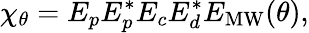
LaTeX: \chi_{\theta}=E_{p}E_{p}^{*}E_{c}E_{d}^{*}E_{\mathrm{MW}}(\theta),